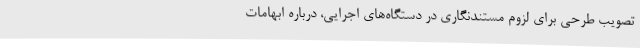
تصویب طرحی برای لزوم مستندنگاری در دستگاه‌های اجرایی،‌ درباره ابهامات